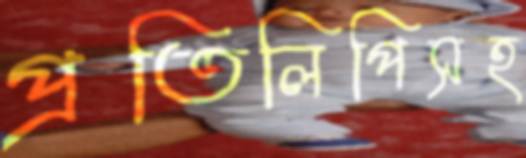
প্রতিলিপিসহ